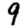
Digit: 9